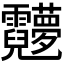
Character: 𬰖